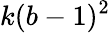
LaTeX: k(b-1)^{2}